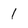
Character: 1